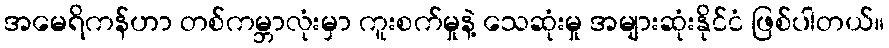
အမေရိကန်ဟာ တစ်ကမ္ဘာလုံးမှာ ကူးစက်မှုနဲ့ သေဆုံးမှု အများဆုံးနိုင်ငံ ဖြစ်ပါတယ်။